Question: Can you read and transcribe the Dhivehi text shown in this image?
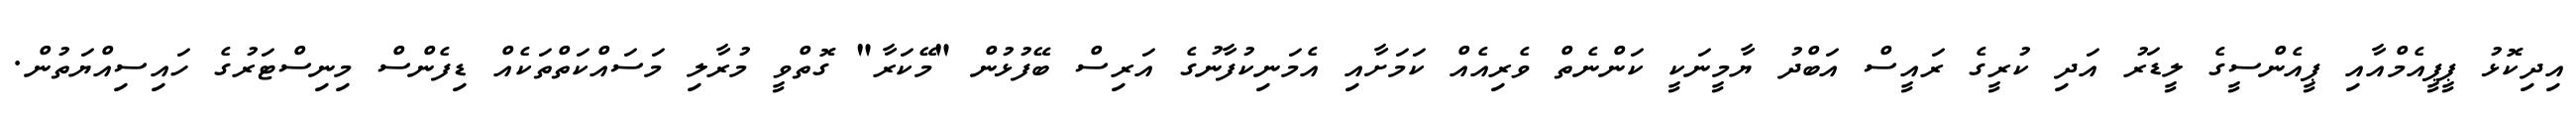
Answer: އިދިކޮޅު ޕީޕީއެމްއާއި ޕީއެންސީގެ ލީޑަރު އަދި ކުރީގެ ރައީސް އަބްދު ޔާމީނަކީ ކަންނެތް ވެރިއެއް ކަމަށާއި އެމަނިކުފާނުގެ އަރިސް ބޭފުޅުން "މޭކަރާ" ގޮތްވީ މުރާލި މަސައްކަތްތަކެއް ޑިފެންސް މިނިސްޓަރުގެ ހައިސިއްޔަތުން.